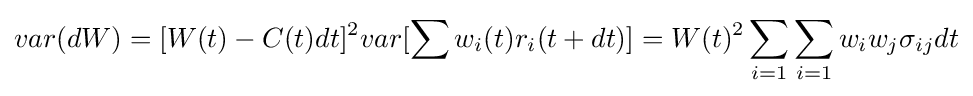
var(dW)=[W(t)-C(t)dt]^{2}var[\sum w_{i}(t)r_{i}(t+dt)]=W(t)^{2}\sum _{i=1}\sum _{i=1}w_{i}w_{j}\sigma _{ij}dt